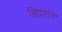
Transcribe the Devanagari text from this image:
क्षिप्रगति